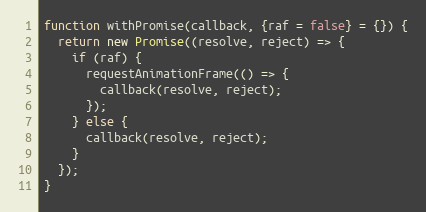
Language: JavaScript
function withPromise(callback, {raf = false} = {}) {
  return new Promise((resolve, reject) => {
    if (raf) {
      requestAnimationFrame(() => {
        callback(resolve, reject);
      });
    } else {
      callback(resolve, reject);
    }
  });
}